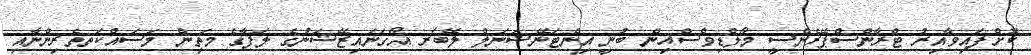
ކޮށްފައިވާއިރު ޓްރާންސްޕޭރެންސީ މޯލްޑިވްސްއިން ބުނީ އިންޓަނޭޝަނަލް ލޭބަރ އޯގަނައިޒޭޝަނުގެ ލަފާގެ މަތިން މަސައްކަތތެރިންނާއި